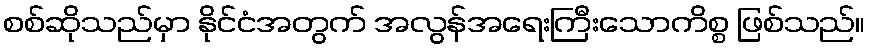
စစ်ဆိုသည်မှာ နိုင်ငံအတွက် အလွန်အရေးကြီးသောကိစ္စ ဖြစ်သည်။